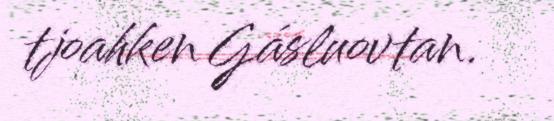
tjoahken Gásluovtan.